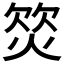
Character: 𣣛